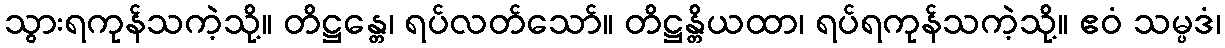
သွားရကုန်သကဲ့သို့။ တိဋ္ဌန္တေ၊ ရပ်လတ်သော်။ တိဋ္ဌန္တိယထာ၊ ရပ်ရကုန်သကဲ့သို့။ ဧဝံ သမ္ပဒံ၊